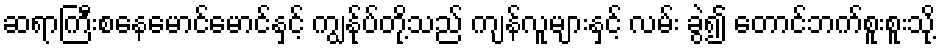
ဆရာကြီးစနေမောင်မောင်နှင့် ကျွန်ုပ်တို့သည် ကျန်လူများနှင့် လမ်း ခွဲ၍ တောင်ဘက်စူးစူးသို့